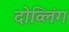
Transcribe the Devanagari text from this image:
दोव्लिंग